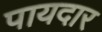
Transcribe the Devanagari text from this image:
पायदार